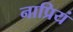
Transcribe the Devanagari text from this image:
नाप्रियं